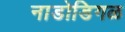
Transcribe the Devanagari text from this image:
नाडोडिगळ